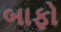
બાફો